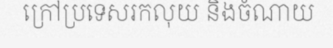
ក្រៅប្រទេសរកលុយ និងចំណាយ